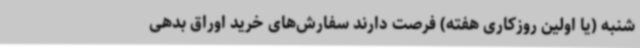
شنبه (یا اولین روزکاری هفته) فرصت‌ دارند سفارش‌های خرید اوراق بدهی